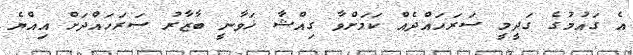
އެ ގައުމުގެ ގަދީމީ ސަރަހައްދެއް ކަމަށްވާ ގިއްޝާ ޚަވާނީ ބާޒާރު ސަރަހައްދަށް އިއްޔެ